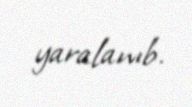
yaralanıb.